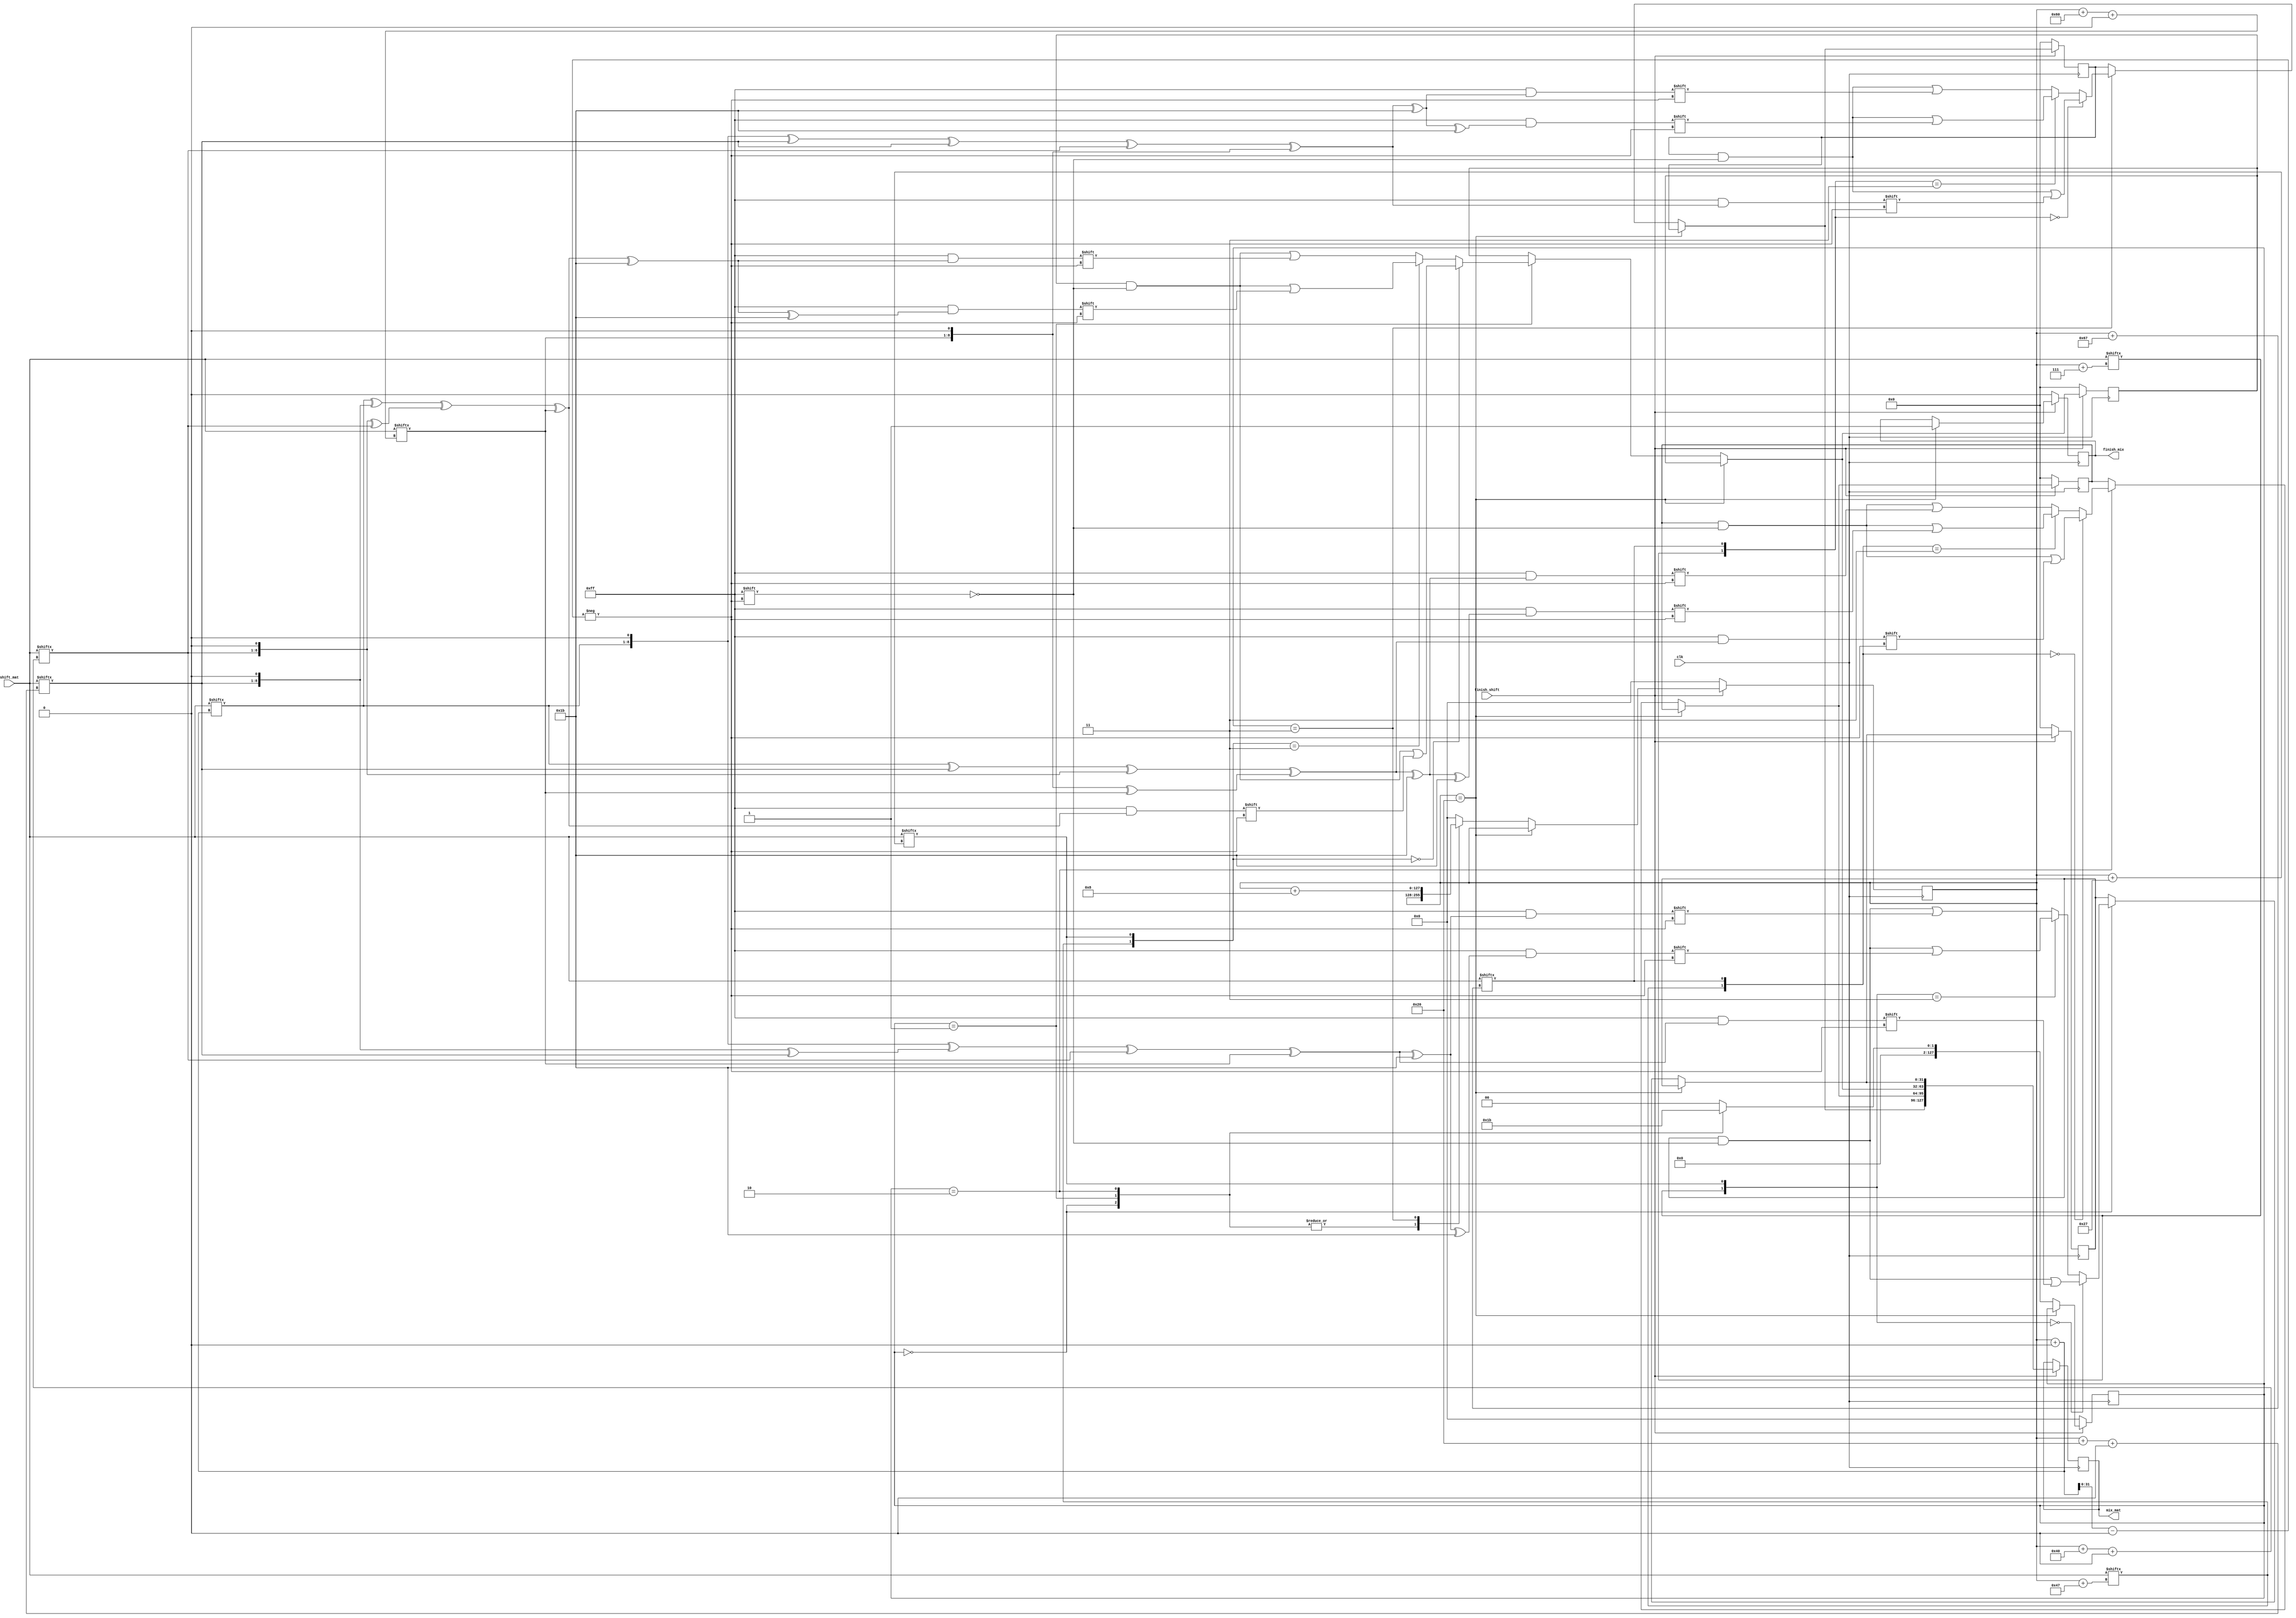
module MixColumns(
    input finish_shift ,
    input clk ,
    input [127:0] shift_mat ,
    output reg finish_mix ,
    output reg [127:0] mix_mat 
    
);

reg [31:0] in0;
reg [31:0] in1;
reg [31:0] in2;
reg [31:0] in3;
reg [127:0] byteNum;
reg [127:0] rowNum;

always @(posedge clk) begin

    if (finish_shift) begin
        if (byteNum == 32) begin
            finish_mix = 1'b1;
        end
        else begin
            case (rowNum)
            0: begin
                if ({shift_mat[byteNum+7],shift_mat[byteNum+39]} == 2'b00) begin
                    in0 [byteNum +: 8] = (shift_mat[byteNum +: 8] <<1)^((shift_mat[byteNum+32 +: 8] <<1)^shift_mat[byteNum+32 +: 8])^shift_mat[byteNum+64 +: 8]^shift_mat[byteNum+96 +: 8];
                end
                else if ({shift_mat[byteNum+7],shift_mat[byteNum+39]} == 2'b11) begin
                    in0 [byteNum +: 8] = (shift_mat[byteNum +: 8] <<1)^((shift_mat[byteNum+32 +: 8] <<1)^shift_mat[byteNum+32 +: 8])^shift_mat[byteNum+64 +: 8]^shift_mat[byteNum+96 +: 8]^8'b00011011^8'b00011011;
                end
                else begin
                    in0 [byteNum +: 8] = (shift_mat[byteNum +: 8] <<1)^((shift_mat[byteNum+32 +: 8] <<1)^shift_mat[byteNum+32 +: 8])^shift_mat[byteNum+64 +: 8]^shift_mat[byteNum+96 +: 8]^8'b00011011;
                end
              
                rowNum = 1;
            end
            1: begin
                if ({shift_mat[byteNum+71],shift_mat[byteNum+39]} == 2'b00) begin
                    in1 [byteNum +: 8] = shift_mat[byteNum +: 8]^(shift_mat[byteNum+32 +: 8] <<1)^((shift_mat[byteNum+64 +: 8] <<1)^shift_mat[byteNum+64 +: 8])^shift_mat[byteNum+96 +: 8];
                end
                else if ({shift_mat[byteNum+71],shift_mat[byteNum+39]} == 2'b11) begin
                    in1 [byteNum +: 8] = shift_mat[byteNum +: 8]^(shift_mat[byteNum+32 +: 8] <<1)^((shift_mat[byteNum+64 +: 8] <<1)^shift_mat[byteNum+64 +: 8])^shift_mat[byteNum+96 +: 8]^8'b00011011^8'b00011011;
                end
                else begin
                    in1 [byteNum +: 8] = shift_mat[byteNum +: 8]^(shift_mat[byteNum+32 +: 8] <<1)^((shift_mat[byteNum+64 +: 8] <<1)^shift_mat[byteNum+64 +: 8])^shift_mat[byteNum+96 +: 8]^8'b00011011;
                end

                rowNum = 2;
            end
            2: begin
                if ({shift_mat[byteNum+71],shift_mat[byteNum+103]} == 2'b00) begin
                    in2 [byteNum +: 8] = shift_mat[byteNum +: 8]^shift_mat[byteNum+32 +: 8]^(shift_mat[byteNum+64 +: 8] <<1)^((shift_mat[byteNum+96 +: 8] <<1)^shift_mat[byteNum+96 +: 8]);
                end
                else if ({shift_mat[byteNum+71],shift_mat[byteNum+103]} == 2'b11) begin
                    in2 [byteNum +: 8] = shift_mat[byteNum +: 8]^shift_mat[byteNum+32 +: 8]^(shift_mat[byteNum+64 +: 8] <<1)^((shift_mat[byteNum+96 +: 8] <<1)^shift_mat[byteNum+96 +: 8])^8'b00011011^8'b00011011;
                end
                else begin
                    in2 [byteNum +: 8] = shift_mat[byteNum +: 8]^shift_mat[byteNum+32 +: 8]^(shift_mat[byteNum+64 +: 8] <<1)^((shift_mat[byteNum+96 +: 8] <<1)^shift_mat[byteNum+96 +: 8])^8'b00011011;
                end

                rowNum = 3;
            end
            3: begin
                if ({shift_mat[byteNum+7],shift_mat[byteNum+103]} == 2'b00) begin
                    in3 [byteNum +: 8] = ((shift_mat[byteNum +: 8] <<1)^shift_mat[byteNum+32 +: 8])^shift_mat[byteNum+32 +: 8]^shift_mat[byteNum+64 +: 8]^(shift_mat[byteNum+96 +: 8]<< 1);
                end
                else if ({shift_mat[byteNum+7],shift_mat[byteNum+103]} == 2'b11) begin
                    in3 [byteNum +: 8] = ((shift_mat[byteNum +: 8] <<1)^shift_mat[byteNum+32 +: 8])^shift_mat[byteNum+32 +: 8]^shift_mat[byteNum+64 +: 8]^(shift_mat[byteNum+96 +: 8]<< 1)^8'b00011011^8'b00011011;
                end
                else begin
                    in3 [byteNum +: 8] = ((shift_mat[byteNum +: 8] <<1)^shift_mat[byteNum+32 +: 8])^shift_mat[byteNum+32 +: 8]^shift_mat[byteNum+64 +: 8]^(shift_mat[byteNum+96 +: 8]<< 1)^8'b00011011;
                end

                rowNum = 0;
                byteNum = byteNum + 8;
            end
            default: begin
                rowNum = 0;
                byteNum = 0;
            end
        endcase

        end

        mix_mat = {in3,in2,in1,in0};
        
    end
    else begin
        byteNum = 0;
        rowNum = 0;
        finish_mix = 1'b0;
        in0 = 32'b0;
        in1 = 32'b0;
        in2 = 32'b0;
        in3 = 32'b0;
    end
end

endmodule